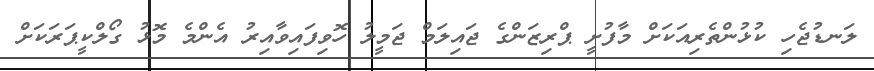
ލަނޑުޖެހި ކުޅުންތެރިއަކަށް މާފުށީ ޕްރިޒަންގެ ޖައިލަމް ޖަމީލު ހޮވިފައިވާއިރު އެންމެ މޮޅު ގޯލްކީޕަރަކަށް